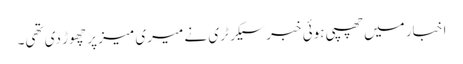
اخبار میں‌چھپی ہوئی خبر سیکرٹری نے میری میز پر چھوڑ دی تھی۔